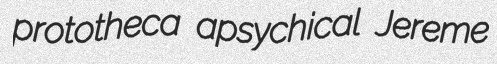
prototheca apsychical Jereme